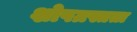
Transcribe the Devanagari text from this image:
शोषग्रस्तता